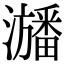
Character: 𤃃